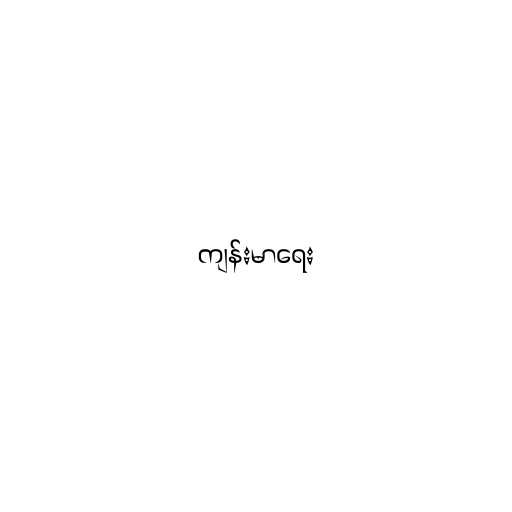
ကျန်းမာရေး